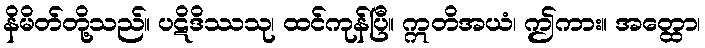
နိမိတ်တို့သည်။ ပဋိဒိဿသု၊ ထင်ကုန်ပြီ။ ဣတိအယံ၊ ဤကား။ အတ္ထော၊